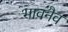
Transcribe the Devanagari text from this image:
भावनैव